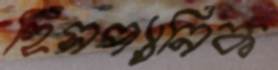
হিসপ্যানিক